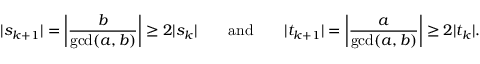
| s _ { k + 1 } | = \left| { \frac { b } { \operatorname* { g c d } ( a , b ) } } \right| \geq 2 | s _ { k } | \qquad { \mathrm { a n d } } \qquad | t _ { k + 1 } | = \left| { \frac { a } { \operatorname* { g c d } ( a , b ) } } \right| \geq 2 | t _ { k } | .